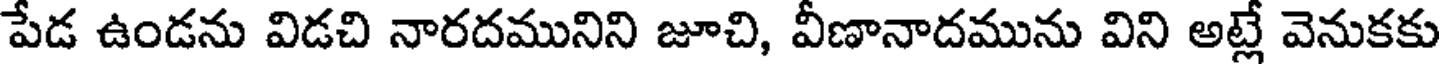
పేడ ఉండను విడచి నారదమునిని జూచి, వీణానాదమును విని అట్లే వెనుకకు